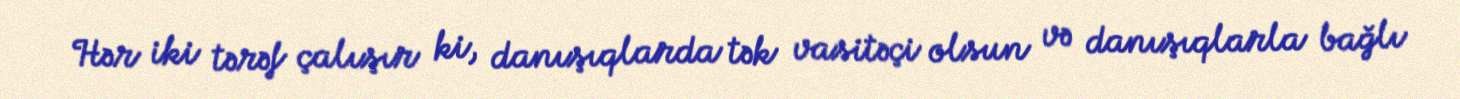
Hər iki tərəf çalışır ki, danışıqlarda tək vasitəçi olsun və danışıqlarla bağlı